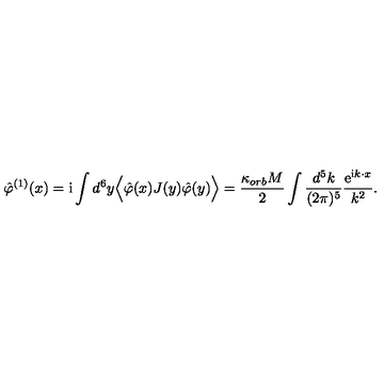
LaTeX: \hat { \varphi } ^ { ( 1 ) } ( x ) = \mathrm { i } \int d ^ { 6 } y \Big < \hat { \varphi } ( x ) J ( y ) \hat { \varphi } ( y ) \Big > = \frac { \kappa _ { o r b } M } { 2 } \int \frac { d ^ { 5 } k } { ( 2 \pi ) ^ { 5 } } \frac { \mathrm { e } ^ { \mathrm { i } k \cdot x } } { k ^ { 2 } } .